Vaccination Hyderabad 1872-1889 - 1872-1889
Year: 1872
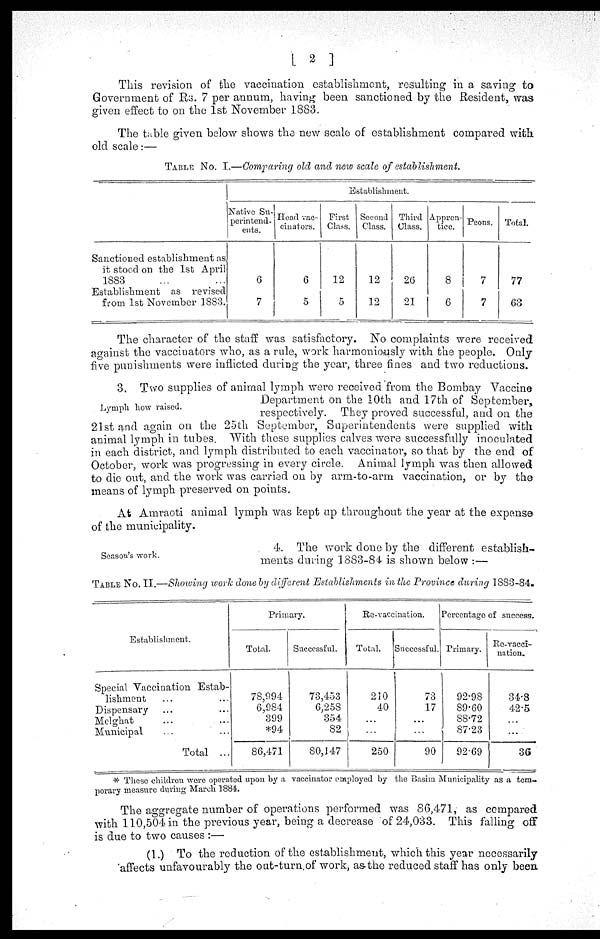
[ 2 ]
This revision of the vaccination establishment, resulting in a saving to
Government of Rs. 7 per annum, having been sanctioned by the Resident, was
given effect to on the 1st November 1883.
The table given below shows the new scale of establishment compared with
old scale:—
TABLE No. I.—Comparing old and new scale of establishment.
Sanctioned establishment as
it stood on the 1st April
1883 ... ...
Establishment as revised
from 1st November 1883.
Establishment.
Native Su-
perintend-
ents.
6
7
Head vac-
cinators.
6
5
First
Class.
12
5
Second
Class.
12
12
Third
Class.
26
21
Appren-
tice.
8
6
Peons.
7
7
Total.
77
63
The character of the staff was satisfactory. No complaints were received
against the vaccinators who, as a rule, work harmoniously with the people. Only
five punishments were inflicted during the year, three fines and two reductions.
Lymph how raised.
3. Two supplies of animal lymph were received from the Bombay Vaccine
Department on the 10th and 17th of September,
respectively. They proved successful, and on the
21st and again on the 25th September, Superintendents were supplied with
animal lymph in tubes. With these supplies calves were successfully inoculated
in each district, and lymph distributed to each vaccinator, so that by the end of
October, work was progressing in every circle. Animal lymph was then allowed
to die out, and the work was carried on by arm-to-arm vaccination, or by the
means of lymph preserved on points.
At Amraoti animal lymph was kept up throughout the year at the expense
of the municipality.
Season's work.
4. The work done by the different establish-
ments during 1883-84 is shown below :—
TABLE No. II.—Showing work done by different Establishments
in the Province during 1883-84.
Establishment.
Special Vaccination Estab-
lishment ... ...
Dispensary ... ...
Melghat
...
...
Municipal
...
...
Total ...
Primary.
Total.
78,994
6,984
399
*94
86,471
Successful.
73,453
6,258
354
82
80,147
Re-vaccination.
Total.
210
40
...
...
250
Successful.
73
17
...
...
90
Percentage of success.
Primary.
92.98
89.60
88.72
87.23
92.69
Re-vacci-
nation.
34.8
42.5
...
...
36
* These children were operated upon by a vaccinator employed by the Basim Municipality as a tem-
porary measure during March 1884.
The aggregate number of operations performed was 86,471, as compared
with 110,504 in the previous year, being a decrease of 24,033. This falling off
is due to two causes:—
(1.) To the reduction of the establishment, which this year necessarily
affects unfavourably the out-turn.of work, as the reduced staff has only been